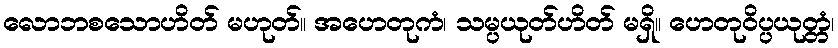
လောဘစသောဟိတ် မဟုတ်။ အဟေတုကံ၊ သမ္ပယုတ်ဟိတ် မရှိ။ ဟေတုဝိပ္ပယုတ္တံ၊